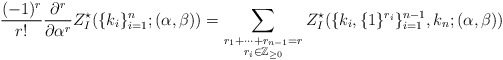
\begin{align*}\begin{aligned}\frac{(-1)^r}{r!}\frac{\mathrm{\partial}^r}{\mathrm{\partial}\alpha^r}Z^{\star}_{I}(\{k_i\}_{i=1}^{n};(\alpha,\beta))=\sum_{\begin{subarray}{c}r_1+\cdots+r_{n-1}= r\\ r_i\in\mathbb{Z}_{\ge0} \end{subarray}}Z^{\star}_{I}(\{k_i,\{1\}^{r_i}\}_{i=1}^{n-1},k_n;(\alpha,\beta))\end{aligned}\end{align*}